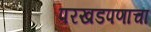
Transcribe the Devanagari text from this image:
परखडपणाचा